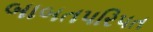
બાબતપરિપત